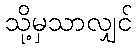
သို့မှသာလျှင်